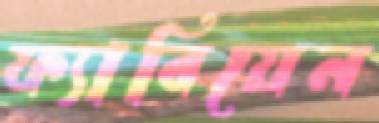
ফ্যাবিয়েন